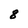
Character: 8